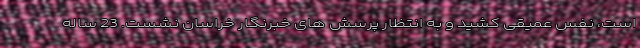
است، نفس عمیقی کشید و به انتظار پرسش های خبرنگار خراسان نشست. 23 ساله